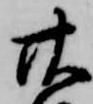
廿